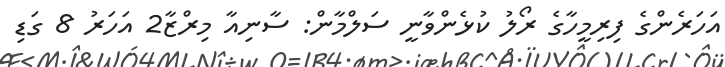
އަހަރެންގެ ފިރިމީހާގެ ރޯލު ކުޅެންވާނީ ސަލްމާން: ސާނިއާ މިރްޒާ2 އަހަރު 8 ގަޑި